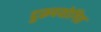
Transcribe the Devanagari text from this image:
दुरूपयोगित